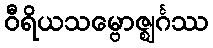
ဝီရိယသမ္ဗောဇ္ဈင်္ဂဿ